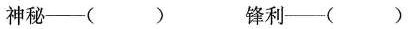
神秘——() 锋利——()